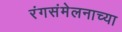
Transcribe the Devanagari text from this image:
रंगसंमेलनाच्या